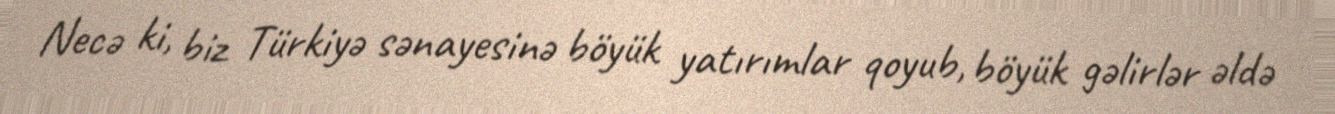
Necə ki, biz Türkiyə sənayesinə böyük yatırımlar qoyub, böyük gəlirlər əldə